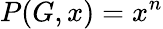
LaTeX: P(G,x)=x^{n}